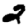
Digit: 2